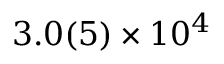
3 . 0 ( 5 ) \times 1 0 ^ { 4 }